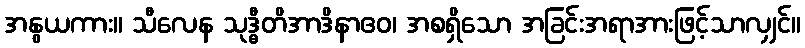
အနွယကား။ သီလေန သုဒ္ဓီတိအာဒိနာဧဝ၊ အစရှိသော အခြင်းအရာအားဖြင့်သာလျှင်။